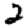
Digit: 2